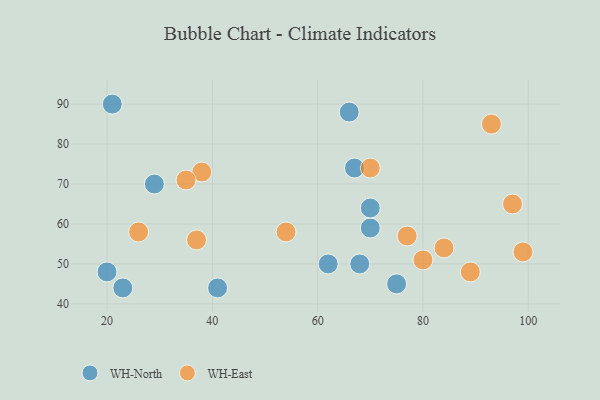
{"axis": {"x": "GDP", "y": "Life Expectancy"}, "legend": ["WH-East", "WH-North"], "data": [{"x": "70", "y": 59, "type": "WH-North"}, {"x": "62", "y": 50, "type": "WH-North"}, {"x": "70", "y": 64, "type": "WH-North"}, {"x": "66", "y": 88, "type": "WH-North"}, {"x": "75", "y": 45, "type": "WH-North"}, {"x": "21", "y": 90, "type": "WH-North"}, {"x": "68", "y": 50, "type": "WH-North"}, {"x": "41", "y": 44, "type": "WH-North"}, {"x": "67", "y": 74, "type": "WH-North"}, {"x": "23", "y": 44, "type": "WH-North"}, {"x": "29", "y": 70, "type": "WH-North"}, {"x": "20", "y": 48, "type": "WH-North"}, {"x": "37", "y": 56, "type": "WH-East"}, {"x": "77", "y": 57, "type": "WH-East"}, {"x": "38", "y": 73, "type": "WH-East"}, {"x": "89", "y": 48, "type": "WH-East"}, {"x": "26", "y": 58, "type": "WH-East"}, {"x": "97", "y": 65, "type": "WH-East"}, {"x": "84", "y": 54, "type": "WH-East"}, {"x": "93", "y": 85, "type": "WH-East"}, {"x": "35", "y": 71, "type": "WH-East"}, {"x": "99", "y": 53, "type": "WH-East"}, {"x": "54", "y": 58, "type": "WH-East"}, {"x": "80", "y": 51, "type": "WH-East"}, {"x": "70", "y": 74, "type": "WH-East"}]}